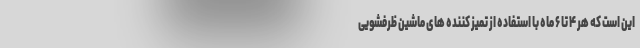
این است که هر ۴ تا ۶ ماه با استفاده از تمیز کننده های ماشین ظرفشویی